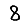
Digit: 8